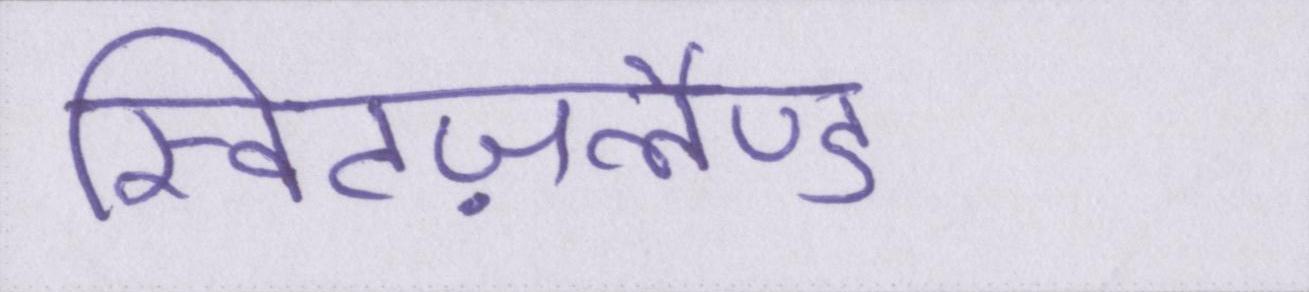
स्विटज़रलैण्ड